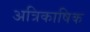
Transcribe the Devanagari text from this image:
अत्रिकाषिक